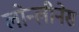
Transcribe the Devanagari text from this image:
लोन्लीनेस